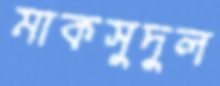
মাকসুদুল